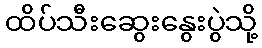
ထိပ်သီးဆွေးနွေးပွဲသို့